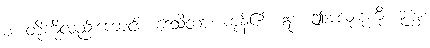
စ၊ တို့ကိုလည်းကောင်း။ ဒေသိတာ၊ ကုန်၏။ ဣဒံ၊ ဤအလုံးစုံကို။ ဒုက္ခံ၊